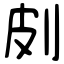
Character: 㓟